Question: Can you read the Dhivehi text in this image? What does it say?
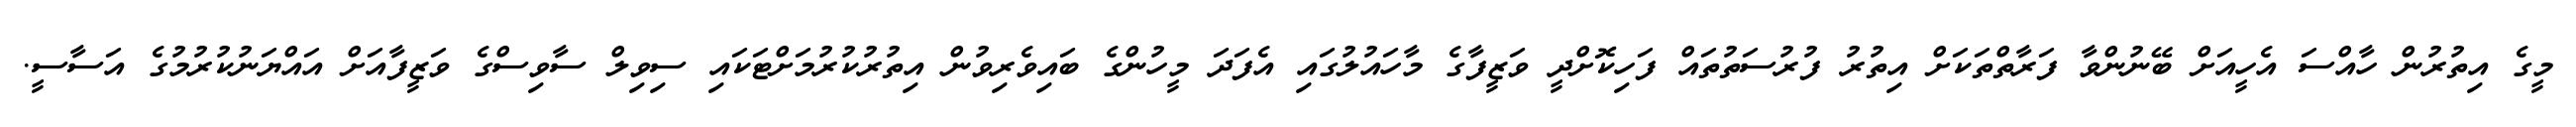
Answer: މީގެ އިތުރުން ހާއްސަ އެހީއަށް ބޭނުންވާ ފަރާތްތަކަށް އިތުރު ފުރުސަތުތައް ފަހިކޮށްދީ ވަޒީފާގެ މާހައުލުގައި އެފަދަ މީހުންގެ ބައިވެރިވުން އިތުރުކުރުމަށްޓަކައި ސިވިލް ސާވިސްގެ ވަޒީފާއަށް އައްޔަނުކުރުމުގެ އަސާސީ.